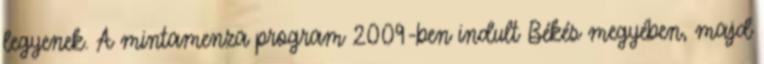
legyenek. A mintamenza program 2009-ben indult Békés megyében, majd